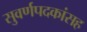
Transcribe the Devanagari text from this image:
सुवर्णपदकांसह